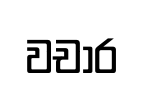
වචාර